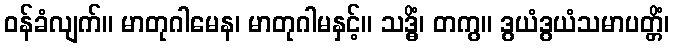
ဝန်ခံလျက်။ မာတုဂါမေန၊ မာတုဂါမနှင့်။ သဒ္ဓိံ၊ တကွ။ ဒွယံဒွယံသမာပတ္တိံ၊